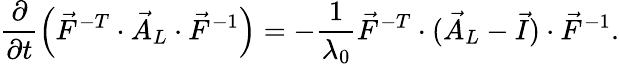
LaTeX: \frac{\partial}{\partial t}\left(\vec{F}^{-T}\cdot\vec{A}_{L}\cdot\vec{F}^{-1}\right)=-\frac{1}{\lambda_{0}}\vec{F}^{-T}\cdot(\vec{A}_{L}-\vec{I})\cdot\vec{F}^{-1}.